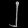
Digit: ၂